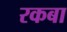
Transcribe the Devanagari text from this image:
रकबा